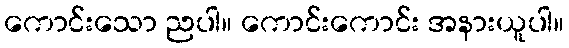
ကောင်းသော ညပါ။ ကောင်းကောင်း အနားယူပါ။